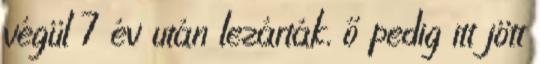
végül 7 év után lezárták, ő pedig itt jött